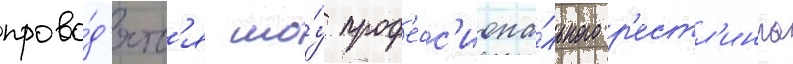
прово́д'ятс'я шо́у проф'есс'иона́льного р'естл'инга